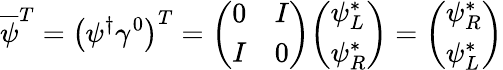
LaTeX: {\overline{{\psi}}}^{T}=\left(\psi^{\dagger}\gamma^{0}\right)^{T}={\left(\begin{array}{ll}{0}&{I}\\ {I}&{0}\end{array}\right)}{\left(\begin{array}{l}{\psi_{L}^{*}}\\ {\psi_{R}^{*}}\end{array}\right)}={\left(\begin{array}{l}{\psi_{R}^{*}}\\ {\psi_{L}^{*}}\end{array}\right)}